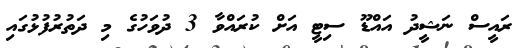
ރައީސް ނަޝީދު އައްޑޫ ސިޓީ އަށް ކުރައްވާ 3 ދުވަހުގެ މި ދަތުރުފުޅުގައި